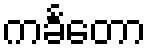
ကင်္ခတော